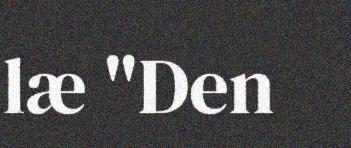
læ "Den